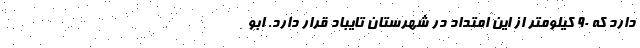
دارد که ۹۰ کیلومتر از این امتداد در شهرستان تایباد قرار دارد. ابو